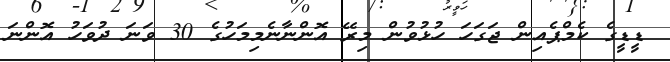
ޑީޑީގެ ކެމްޕެއިން ޖަގަހަ ހުޅުވުން މިރޭ އޮންނާނެމިމަހުގެ 30 ވަނަ ދުވަހު އޮންނަ